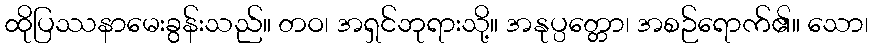
ထိုပြဿနာမေးခွန်းသည်။ တဝ၊ အရှင်ဘုရားသို့။ အနုပ္ပတ္တော၊ အစဉ်ရောက်၏။ သော၊